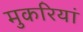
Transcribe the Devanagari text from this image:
मुकरियां